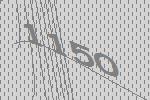
1150